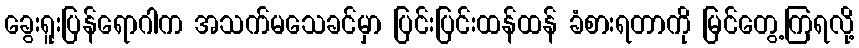
ခွေးရူးပြန်ရောဂါက အသက်မသေခင်မှာ ပြင်းပြင်းထန်ထန် ခံစားရတာကို မြင်တွေ့ကြရလို့